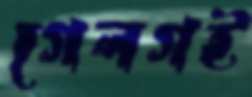
গেলগই